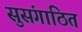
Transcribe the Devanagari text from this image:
सुसंगाठित